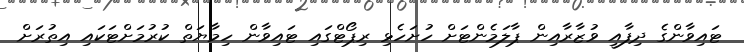
ޓައިވާންގެ ދިފާއީ ވުޒާރާއިން ޕާލަމެންޓަށް ހުށަހެޅި ރިޕޯޓްގައި ޓައިވާން ހިމާޔަތް ކުރުމަށްޓަކައި އިތުރަށް